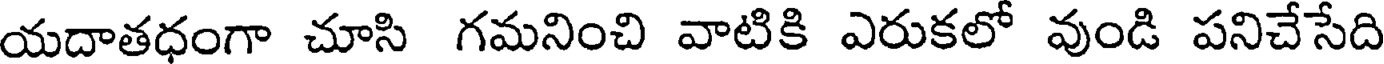
యదాతధంగా చూసి గమనించి వాటికి ఎరుకలో వుండి పనిచేసేది